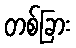
တစ်ခြား